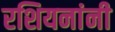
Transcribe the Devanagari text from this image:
रशियनांनी